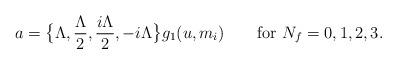
LaTeX: \begin{align*}a=\big\{\Lambda,\frac{\Lambda}{2},\frac{i\Lambda}{2},-i\Lambda\big\}g_1(u,m_i)\qquad\mbox{for }N_f=0,1,2,3.\end{align*}